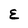
Character: E